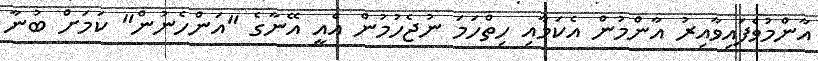
އާންމުވެފައިވާއިރު އާންމުން އެކަމާއި ހިތްހަމަ ނުޖެހުމުން އެއީ އޭނާގެ "އަންހެނުން" ކަމަށް ބުނާ